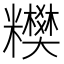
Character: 𥽢